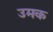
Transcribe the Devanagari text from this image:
उमक